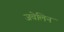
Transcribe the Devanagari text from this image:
जवेलिन